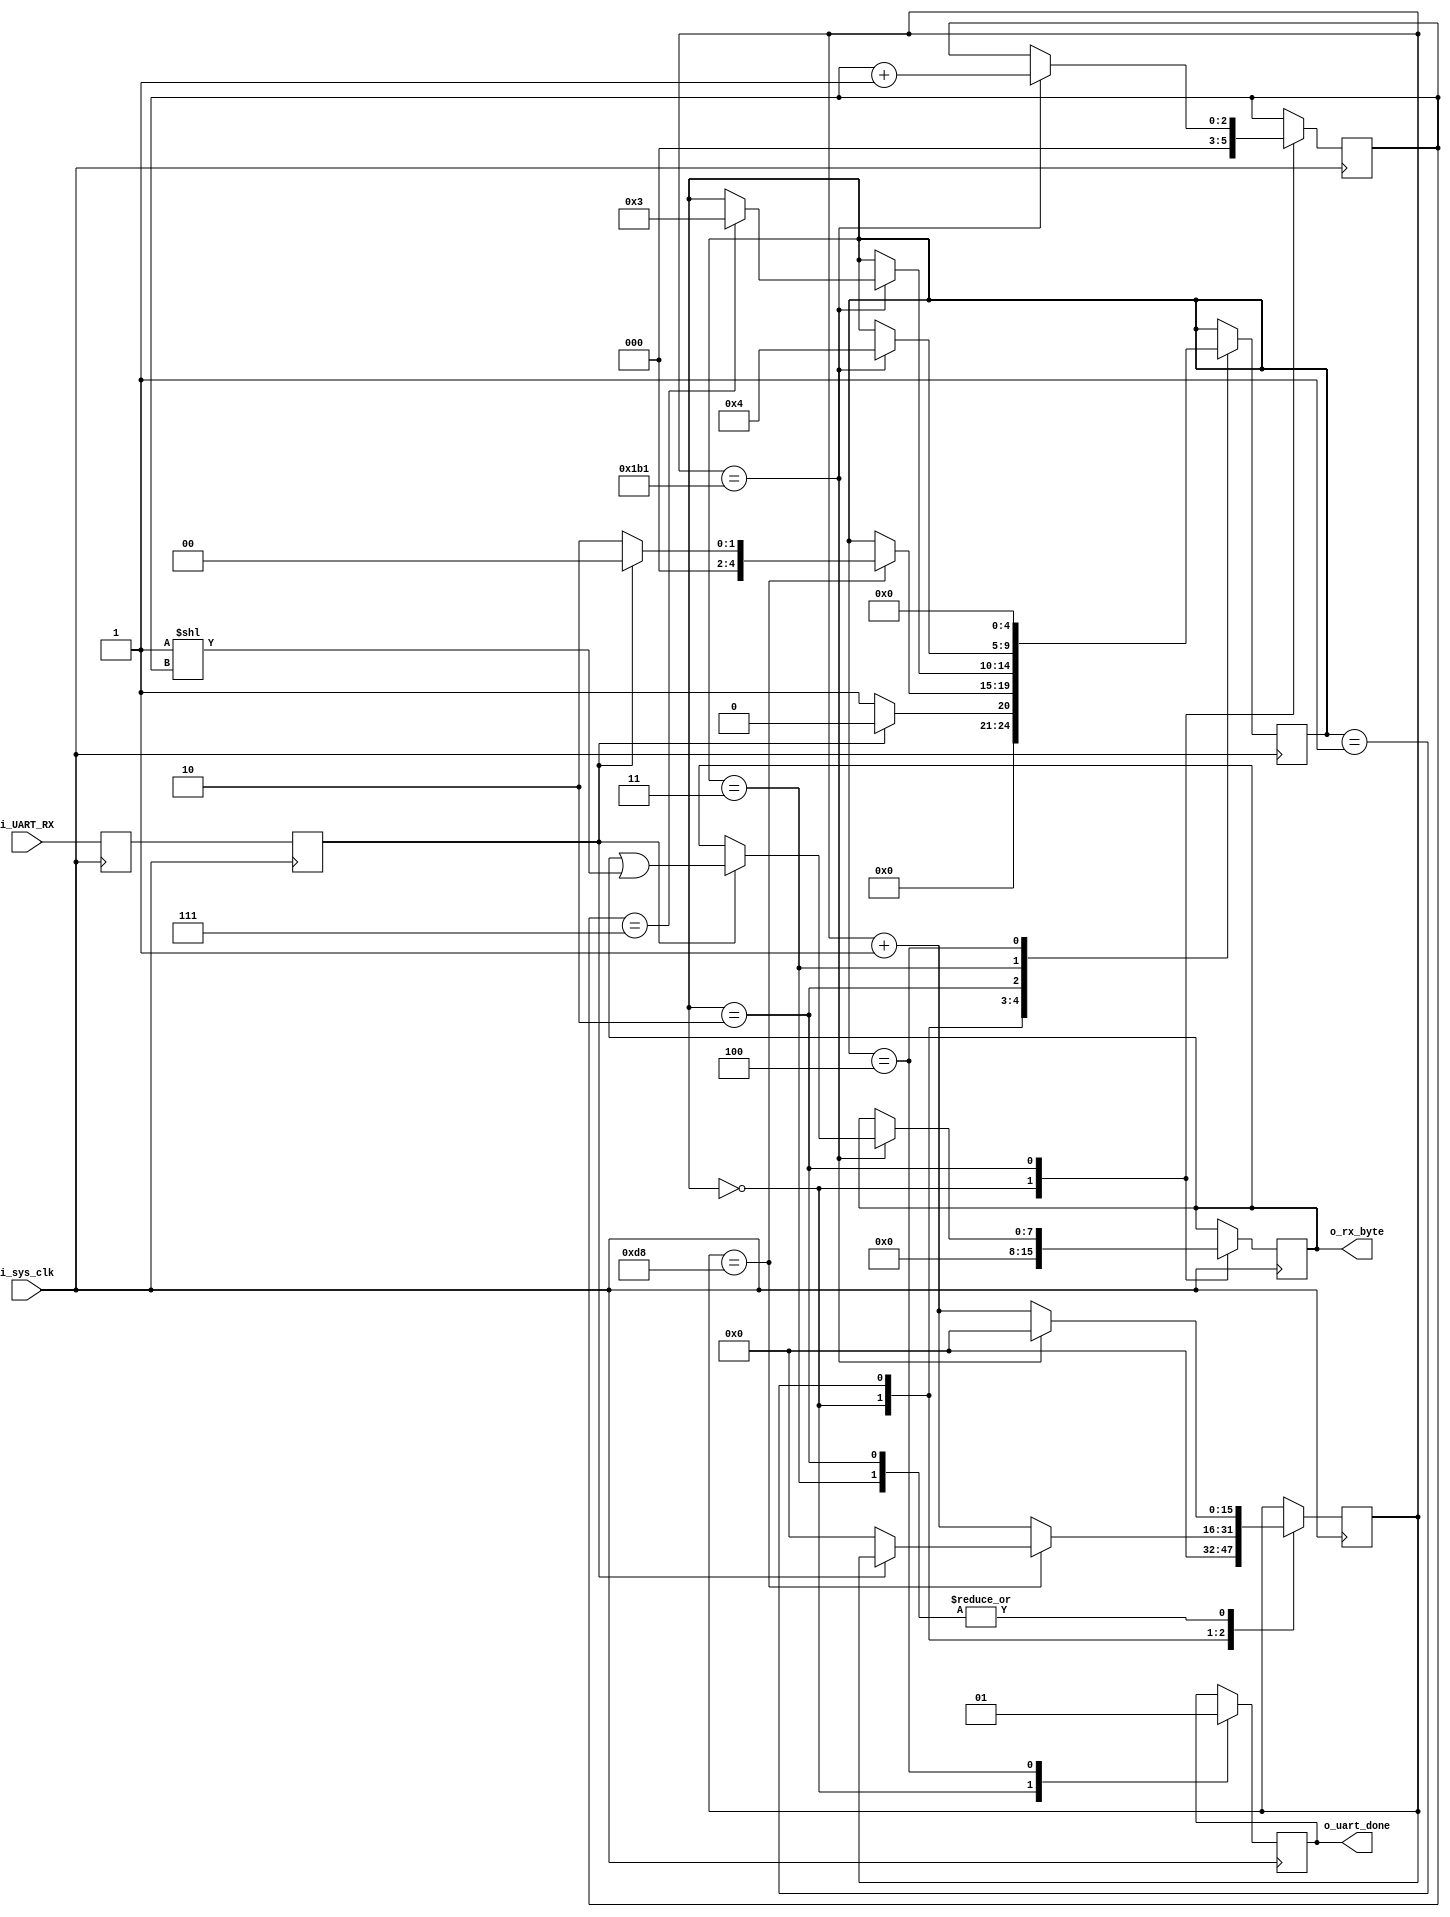
module uart_receiver
#(
        parameter UART_BAUD_RATE = 115200
) (
        input             i_sys_clk,
        input             i_UART_RX,
        output reg        o_uart_done,
        output reg [7:0]  o_rx_byte = 8'h00
);

localparam UART_EDGE_CYCLES = 50_000_000/UART_BAUD_RATE;

localparam uart_IDLE      = 4'b0000;
localparam uart_START_BIT = 4'b0001;
localparam uart_RECEIVE   = 4'b0010;
localparam uart_STOP_BIT  = 4'b0011;
localparam uart_NOTIFY    = 4'b0100;

reg        rx_pin0        = 1'b1;
reg        uart_rx        = 1'b1;
reg [4:0]  receiver_state = uart_IDLE;
reg [15:0] uart_cycles    = 16'b0;
reg [2:0]  uart_bit       = 3'b0;

//It removes problems caused by metastability
always @(posedge i_sys_clk)
begin
        rx_pin0 <= i_UART_RX;
        uart_rx <= rx_pin0;
end

always @(posedge i_sys_clk)
begin
        case (receiver_state)
        uart_IDLE:
        begin
                o_uart_done <= 1'b0;
                uart_cycles <= 16'b0;
                uart_bit    <= 3'b0;
                o_rx_byte   <= 8'b0;

                if (uart_rx == 1'b0)
                        receiver_state <= uart_START_BIT;
                else
                        receiver_state <= uart_IDLE;
        end
        uart_START_BIT:
        begin
                if (uart_cycles == (UART_EDGE_CYCLES - 1)/2)
                begin
                        if (uart_rx == 1'b0)
                        begin
                                receiver_state <= uart_RECEIVE;
                                uart_cycles <= 16'b0;
                        end
                        else
                                receiver_state <= uart_IDLE;
                end
                else
                        uart_cycles <= uart_cycles + 16'b1;
        end
        uart_RECEIVE:
        begin
                if (uart_cycles == UART_EDGE_CYCLES - 1)
                begin
                        if (uart_rx == 1'b1)
                                o_rx_byte <= o_rx_byte | (8'b1 << uart_bit);
                        if (uart_bit == 3'd7)
                        begin
                                uart_bit <= 0;
                                receiver_state <= uart_STOP_BIT;
                        end
                        uart_bit <= uart_bit + 1'b1;
                        uart_cycles <= 16'b0;
                end
                else
                        uart_cycles <= uart_cycles + 16'b1;
        end
        uart_STOP_BIT:
        begin
                if (uart_cycles == UART_EDGE_CYCLES - 1)
                begin
                        receiver_state <= uart_NOTIFY;
                        uart_cycles <= 16'b0;
                end
                else
                        uart_cycles <= uart_cycles + 16'b1;
        end
        uart_NOTIFY:
        begin
                o_uart_done <= 1'b1;
                receiver_state <= uart_IDLE;
        end
        endcase
end

endmodule